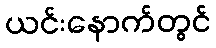
ယင်းနောက်တွင်